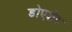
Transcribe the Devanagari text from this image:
डोएशेट